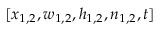
[ x _ { 1 , 2 } , w _ { 1 , 2 } , h _ { 1 , 2 } , n _ { 1 , 2 } , t ]